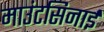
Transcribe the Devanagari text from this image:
माउंटसिनाई